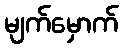
မျက်မှောက်